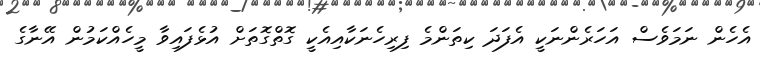
އެހެން ނަމަވެސް އަހަރެންނަކީ އެފަދަ ކިތަންމެ ފިރިހެނަކާއިއެކީ ގޮތްގޮތަށް އުޅެފައިވާ މީހެއްކަމުން އޭނާގެ